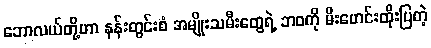
ဘောလယ်တို့ဟာ နန်းတွင်းစံ အမျိုးသမီးတွေရဲ့ ဘဝကို မီးမောင်းထိုးပြတဲ့